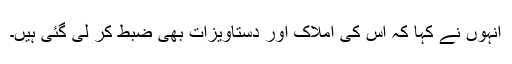
انہوں نے کہا کہ اِس کی املاک اور دستاویزات بھی ضبط کر لی گئی ہیں۔